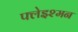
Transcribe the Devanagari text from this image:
फ्लेइश्मन